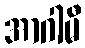
အာဂါမီ